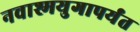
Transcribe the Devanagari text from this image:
नवाश्मयुगापर्यंत